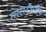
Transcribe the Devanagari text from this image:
त्सरारशरीफ